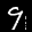
Label: 9